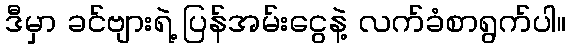
ဒီမှာ ခင်ဗျားရဲ့ ပြန်အမ်းငွေနဲ့ လက်ခံစာရွက်ပါ။